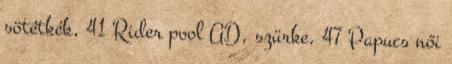
sötétkék, 41 Rider pool AD, szürke, 47 Papucs női